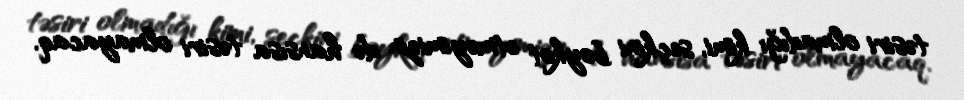
təsiri olmadığı kimi, seçkini boykot etməyimizin də hansısa təsiri olmayacaq.